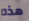
هذه